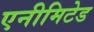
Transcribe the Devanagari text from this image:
एनीमिटेड